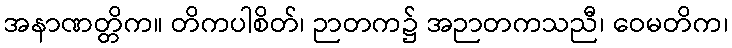
အနာဏတ္တိက။ တိကပါစိတ်၊ ဉာတက၌ အဉာတကသညီ၊ ဝေမတိက၊